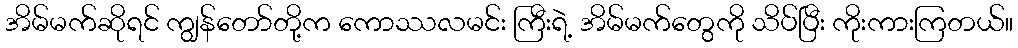
အိမ်မက်ဆိုရင် ကျွန်တော်တို့က ကောဿလမင်း ကြီးရဲ့ အိမ်မက်တွေကို သိပ်ပြီး ကိုးကားကြတယ်။